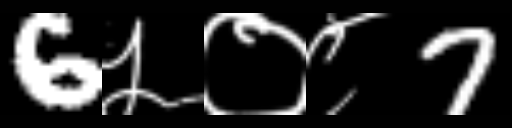
Text: 6५०८7